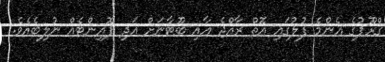
ގްރޫޕުގެ އެންމެ ފުލުގައި އޮތް ރާއްޖެ އާއި ބޫޓާނަށް އަދި ޕޮއިންޓެއް ނުލިބެއެވެ.